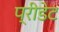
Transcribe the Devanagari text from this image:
प्रीडेट